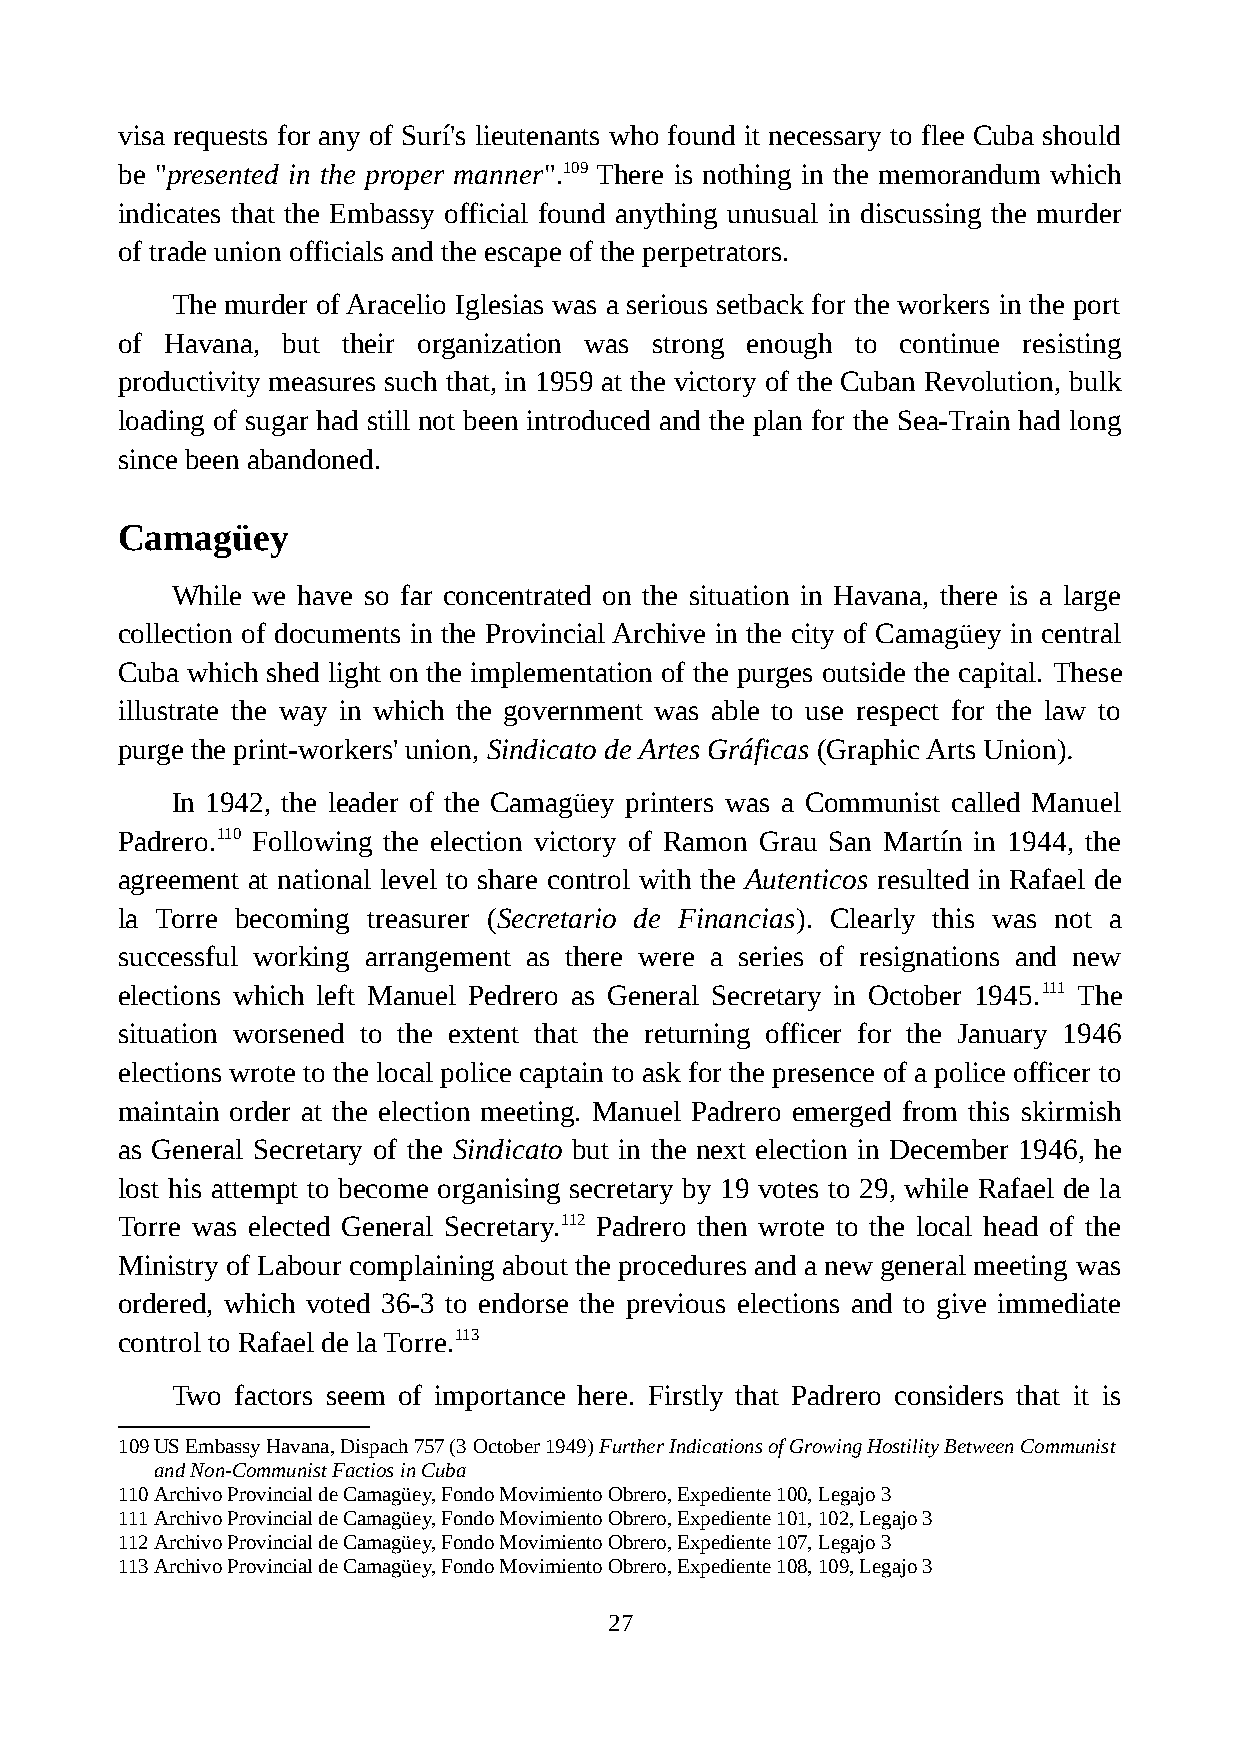
visa requests for any of Surí's lieutenants who found it necessary to flee Cuba should
 be "presented in the proper manner".109 There is nothing in the memorandum which
 indicates that the Embassy official found anything unusual in discussing the murder
 of trade union officials and the escape of the perpetrators.
 The murder of Aracelio Iglesias was a serious setback for the workers in the port
 of Havana, but their organization was strong enough to continue resisting
 productivity measures such that, in 1959 at the victory of the Cuban Revolution, bulk
 loading of sugar had still not been introduced and the plan for the Sea-Train had long
 since been abandoned.
 Camagüey
 While we have so far concentrated on the situation in Havana, there is a large
 collection of documents in the Provincial Archive in the city of Camagüey in central
 Cuba which shed light on the implementation of the purges outside the capital. These
 illustrate the way in which the government was able to use respect for the law to
 purge the print-workers' union, Sindicato de Artes Gráficas (Graphic Arts Union).
 In 1942, the leader of the Camagüey printers was a Communist called Manuel
 Padrero.110 Following the election victory of Ramon Grau San Martín in 1944, the
 agreement at national level to share control with the Autenticos resulted in Rafael de
 la Torre becoming treasurer (Secretario de Financias). Clearly this was not a
 successful working arrangement as there were a series of resignations and new
 elections which left Manuel Pedrero as General Secretary in October 1945.111 The
 situation worsened to the extent that the returning officer for the January 1946
 elections wrote to the local police captain to ask for the presence of a police officer to
 maintain order at the election meeting. Manuel Padrero emerged from this skirmish
 as General Secretary of the Sindicato but in the next election in December 1946, he
 lost his attempt to become organising secretary by 19 votes to 29, while Rafael de la
 Torre was elected General Secretary.112 Padrero then wrote to the local head of the
 Ministry of Labour complaining about the procedures and a new general meeting was
 ordered, which voted 36-3 to endorse the previous elections and to give immediate
 control to Rafael de la Torre.113
 Two  factors seem of importance here. Firstly that Padrero considers that it is
 109US Embassy Havana, Dispach 757 (3 October 1949) Further Indications of Growing Hostility Between Communist
 and Non-Communist Factios in Cuba
 110Archivo Provincial de Camagüey, Fondo Movimiento Obrero, Expediente 100, Legajo 3
 111Archivo Provincial de Camagüey, Fondo Movimiento Obrero, Expediente 101, 102, Legajo 3
 112Archivo Provincial de Camagüey, Fondo Movimiento Obrero, Expediente 107, Legajo 3
 113Archivo Provincial de Camagüey, Fondo Movimiento Obrero, Expediente 108, 109, Legajo 3
 27